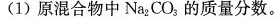
(1)原混合物中Na_{2}CO_{3}的质量分数。